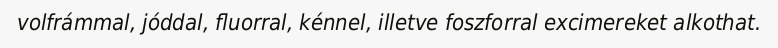
volfrámmal, jóddal, fluorral, kénnel, illetve foszforral excimereket alkothat.